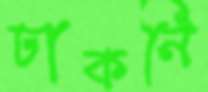
ঢাকনি